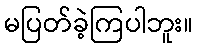
မပြတ်ခဲ့ကြပါဘူး။